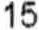
15